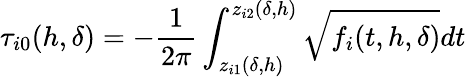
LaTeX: \tau_{i0}(h,\delta)=-\frac{1}{2\pi}\int_{z_{i1}(\delta,h)}^{z_{i2}(\delta,h)}\sqrt{f_{i}(t,h,\delta)}dt